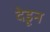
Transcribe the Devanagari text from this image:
देडून